Vaccination in Bombay 1924-1928 - 1924-1928
Year: 1924
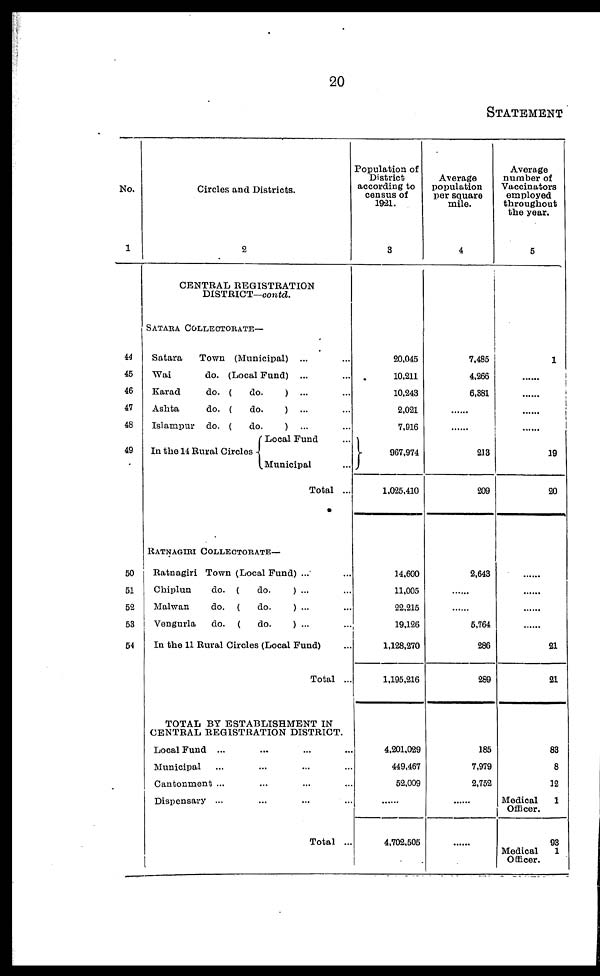
20
STATEMENT
No.
1
44
45
46
47
48
49
50
51
52
53
54
Circles and Districts.
2
CENTRAL REGISTRATION
DISTRICT—contd.
SATARA COLLECTORATE—
Satara
Town (Municipal) ... ...
Wai
do. (Local Fund) ... ...
Karad
do. (
do.
) ... ...
Ashta
do. (
do.
) ... ...
Islampur do. (
do.
) ... ...
In the 14 Rural Circles .
Local Fund ...
Municipal ...
Total ...
RATNAGIERI COLLECTORATE—
Ratnagiri Town (Local Fund) ... ...
Chiplun
do. (
do.
) ... ...
Malwan
do. (
do.
) ... ...
Vengurla
do. (
do.
) ... ...
In the 11 Rural Circles (Local Fund) ...
Total ...
TOTAL BY ESTABLISHMENT IN
CENTRAL REGISTRATION DISTRICT.
Local Fund ... ... ... ...
Municipal ... ... ... ...
Cantonment ... ... ... ...
Dispensary ... ... ... ...
Total ...
Population of
District
according to
census of
1921.
3
20,045
10,211
10,243
2,021
7,916
967,974
1,025,410
14,600
11,005
22,215
19,126
1,128,270
1,195,216
4.201,029
449,467
52,009
......
4,702,505
Average
population
per square
mile.
4
7,485
4,266
6,381
......
......
213
209
2,643
......
......
5,764
286
289
185
7,979
2,752
......
......
Average
number of
Vaccinators
employed
throughout
the year.
5
1
......
.........
......
......
19
20
......
......
......
......
21
21
83
8
12
Medical
1
Officer.
Medical
Officer.
93
1